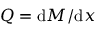
Q = \mathrm { d } M / \mathrm { d } x